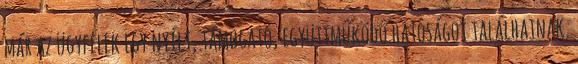
már az ügyfelek egy nyílt, támogató, együttműködő hatóságot találhatnak.